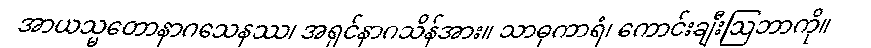
အာယသ္မတောနာဂသေနဿ၊ အရှင်နာဂသိန်အား။ သာဓုကာရံ၊ ကောင်းချီးဩဘာကို။